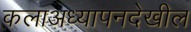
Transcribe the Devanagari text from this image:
कलाअध्यापनदेखील